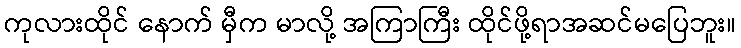
ကုလားထိုင် နောက် မှီက မာလို့ အကြာကြီး ထိုင်ဖို့ရာအဆင်မပြေဘူး။